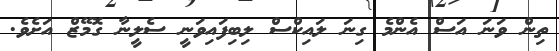
ތިން ވަނަ އަސް އެންމެ ގިނަ ލައިކްސް ލިބިފައިވަނީ ސެލީނާ ގޮމޭޒް އަށެވެ.